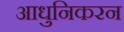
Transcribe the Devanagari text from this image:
आधुनिकरन